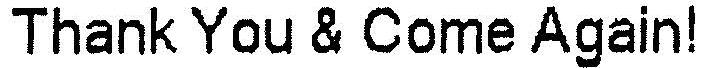
THANK YOU & COME AGAIN!